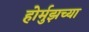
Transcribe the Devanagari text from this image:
होर्मुझच्या